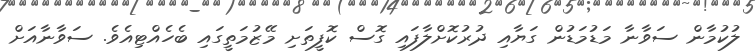
ލުކުމާން ސަވާނާ މަޑުމަޑުން ގަޔާއި ދުރުކޮށްލާފައި ގޮސް ކޮފީތަށި މޭޒުމަތީގައި ބެހެއްޓިއެވެ. ސަވާނާއަށް